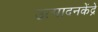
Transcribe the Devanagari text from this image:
उत्पादनकेंद्रे